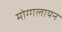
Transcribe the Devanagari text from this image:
मोग्गलायन